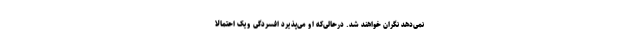
نمی‌دهد نگران خواهند شد. درحالی‌که او می‌پذیرد افسردگی ویک احتمالاً